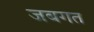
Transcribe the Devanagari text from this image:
जबगत